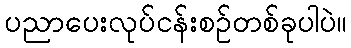
ပညာပေးလုပ်ငန်းစဉ်တစ်ခုပါပဲ။